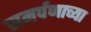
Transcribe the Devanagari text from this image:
समर्पणाच्या